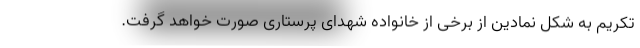
تکریم به شکل نمادین از برخی از خانواده شهدای پرستاری صورت خواهد گرفت.